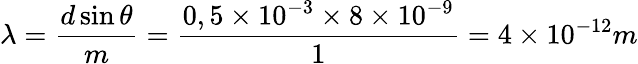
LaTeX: \lambda=\frac{d\sin\theta}{m}=\frac{0,5\times 10^{-3}\times 8\times 10^{-9}}{1}=4\times 10^{-12}m